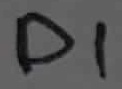
Text: D1